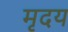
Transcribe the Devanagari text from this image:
मृदय